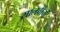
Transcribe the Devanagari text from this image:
सालचीचों